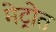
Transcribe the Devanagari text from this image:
मेट्रोत